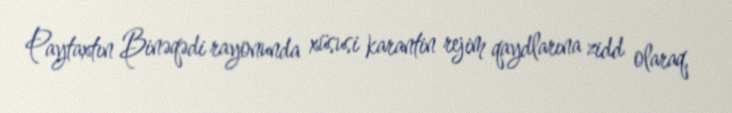
Paytaxtın Binəqədi rayonunda xüsusi karantin rejim qaydlarına zidd olaraq,